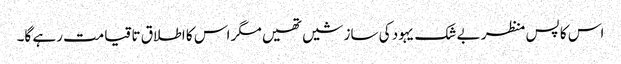
اس کا پس منظر بے شک یہود کی سازشیں تھیں مگر اس کا اطلاق تا قیامت رہے گا۔